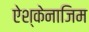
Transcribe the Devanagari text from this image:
ऐश्केनाजिम